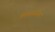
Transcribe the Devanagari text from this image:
विशवासयोग्य